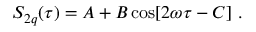
S _ { 2 q } ( \tau ) = A + B \cos [ 2 \omega \tau - C ] \ .